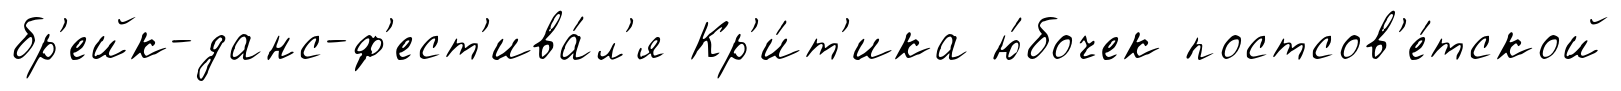
бр'ейк-данс-ф'ест'ива́л'я Кр'и́т'ика ю́бочек постсов'е́тской